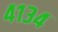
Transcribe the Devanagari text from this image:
४१३४